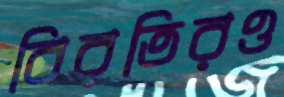
বিরতিরও